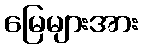
မြေများအား